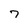
Character: 7